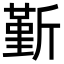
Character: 斳